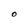
Character: O